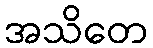
အသိတေ